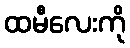
ထမီလေးကို